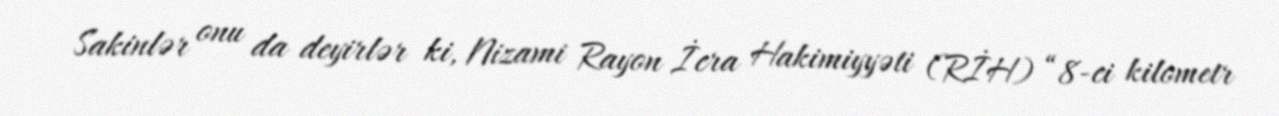
Sakinlər onu da deyirlər ki, Nizami Rayon İcra Hakimiyyəti (RİH) “8-ci kilometr